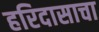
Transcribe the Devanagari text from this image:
हरिदासाचा